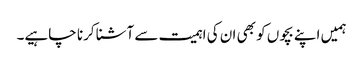
ہمیں اپنے بچوں کو بھی ان کی اہمیت سے آشنا کرنا چاہیے۔